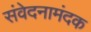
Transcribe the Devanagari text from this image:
संवेदनामंदक